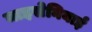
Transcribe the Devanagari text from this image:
माइसेनियाई